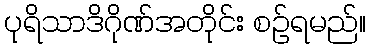
ပုရိသာဒိဂိုဏ်အတိုင်း စဉ်ရမည်။